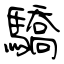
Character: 驕